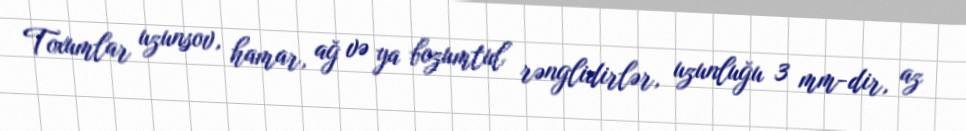
Toxumlar uzunsov, hamar, ağ və ya bozumtul rənglidirlər, uzunluğu 3 mm-dir, az